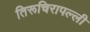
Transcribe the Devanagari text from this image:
तिरूचिरापल्‍ली